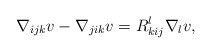
\begin{align*} \nabla_{ijk} v - \nabla_{jik} v = R^l_{kij} \nabla_l v,\end{align*}